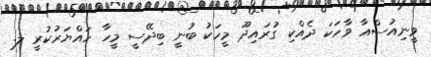
ވީނިއުސްއާ ވާހަކަ ދެއްކި ގުރައިދޫ މީހަކު ބުނީ ބިދޭސީ މީހާ ހައްޔަރުކުރީ ލ.